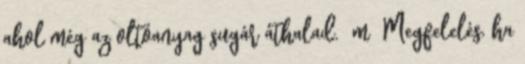
ahol még az oltóanyag sugár áthalad. m Megfelelés, ha